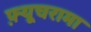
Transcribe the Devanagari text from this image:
फ़्यूचरामा